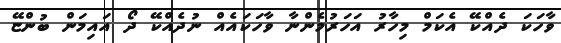
ވާހަކަ ދެއްކޭ އެކަމް މިހާރު އަހަރުމެންނާ ވާހަަކައެއް ނުދެއްކޭ ދޯ އައިމަން ބުންޏޭ